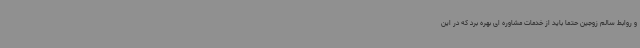
و روابط سالم زوجین حتما باید از خدمات مشاوره ای بهره برد که در این